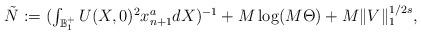
LaTeX: \begin{align*}\tilde N:=\textstyle{(\int_{\mathbb B_{1}^+} U(X,0)^2 x_{n+1}^a dX)^{-1}}+M\log (M\Theta)+M\|V\|_{1}^{1/2s},\end{align*}